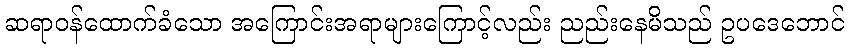
ဆရာဝန်ထောက်ခံသော အကြောင်းအရာများကြောင့်လည်း ညည်းနေမိသည် ဥပဒေဘောင်